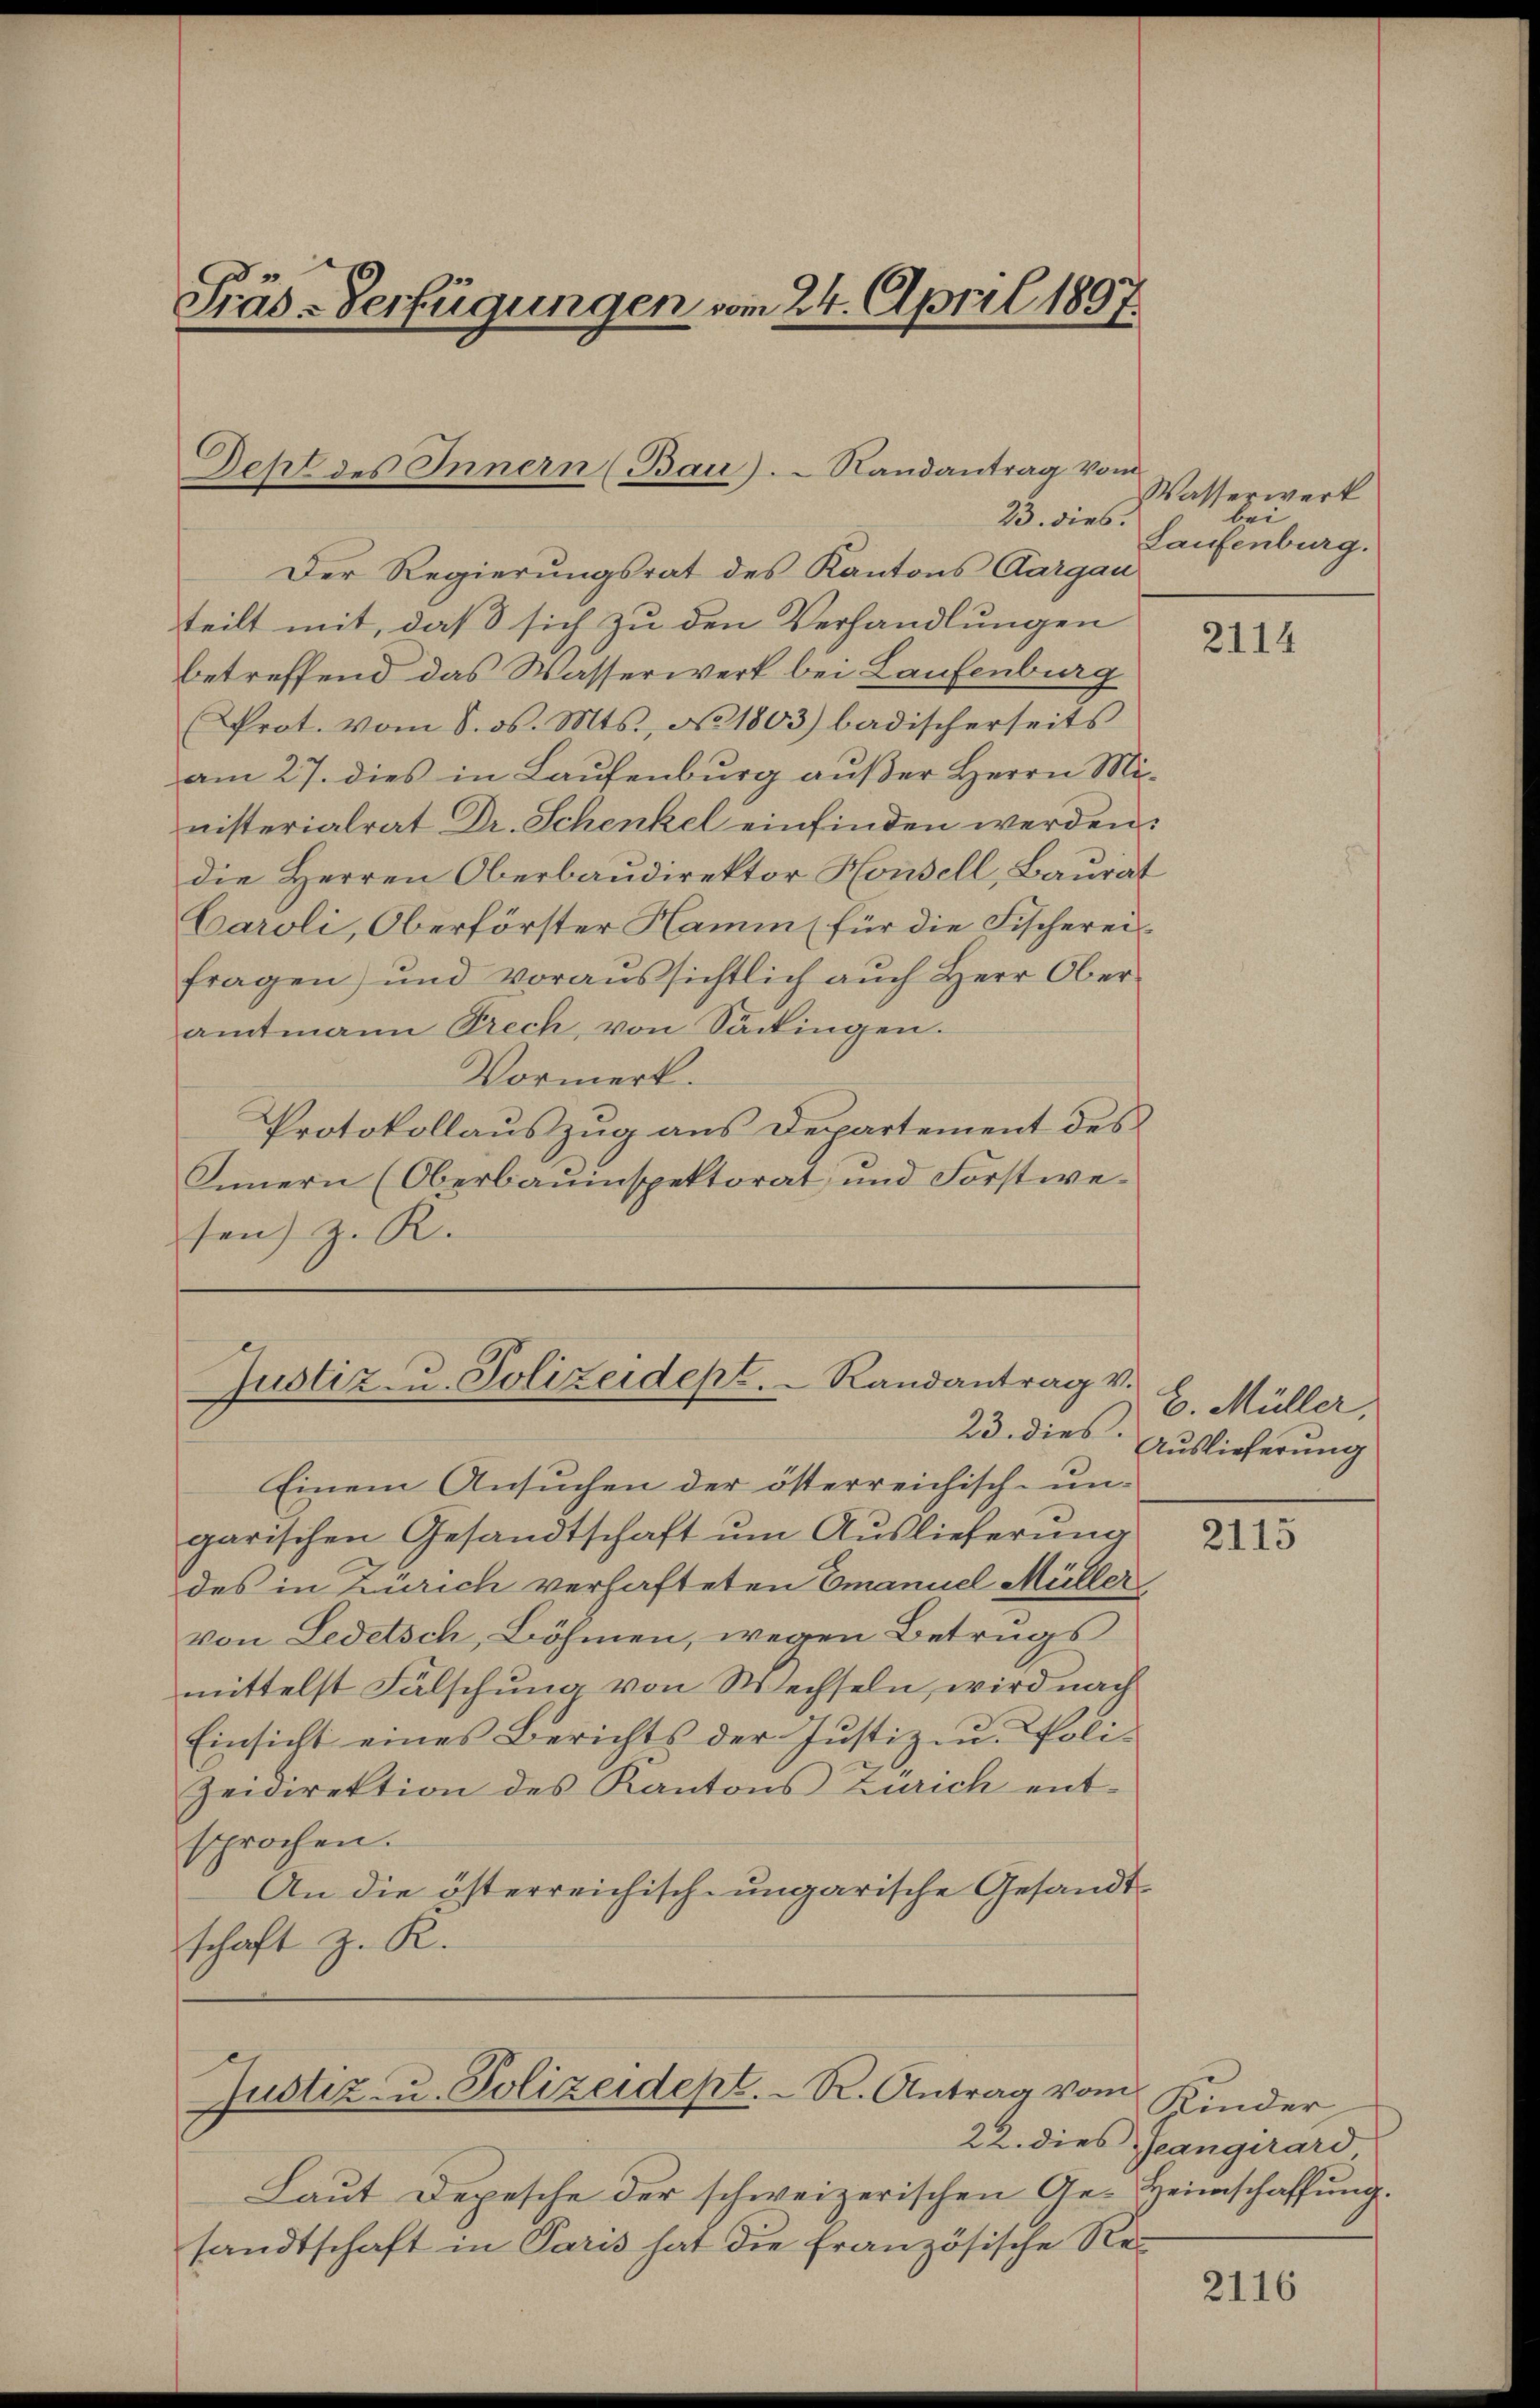
Präs-Verfügungen vom 24. April 1897.

Deht des Innern (Bau).  Randantrag vom
23. dies.

Justiz- u. Polizeidept.  Randantrag v.
23. dies

Justiz- u. Polizeidept. R. Antrag vom

Der Regierungsrat des Kantons Aargau
teilt mit, daß sich zu den Verhandlungen
betreffend das Wasserwerk bei Laufenburg
Prot. vom 8. ds. Mts., No 1803) badischerseits
am 27. dies in Laufenburg außer Herrn Ministerialrat Dr. Schenkel einfinden werden.
die Herren Oberbaŭdirektor Honell, Baurat
Caroli, Oberförster Hamm für die Fischereifragen) und voraussichtlich aŭch Herr Ober-
amtmann Prech, von Sackingen.
Vormerk.
Protokollauszug aus Departement des
Innern (Oberbauinspektorat und Forstwesen) z. R.

Einem Ansuchen der österreichisch-un-
garischen Gesandtschaft um Auslieferung
des in Zürich verhafteten Emanuel Müller
von Ledetsch, Böhmen, wegen Betrugs
mittelst Fälschung von Wechseln, wird nach
Einsicht eines Berichts der Justiz- u. Poli¬
Zeidirektion des Kantons Zürich ent-
sprochen.
An die österreichisch-ungarische Gesandtschaft z. R.

Laut Depesche der schweizerischen Ge-
sandtschaft in Paris hat die französische Re¬

Wasserwerk
bei
Laufenburg.

2114

H. Müller.
Auslieferung

2115

Kinder
22. dies Jeangirard
Heimschaffung.

2116